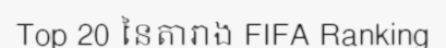
Top 20 នៃតារាង FIFA Ranking